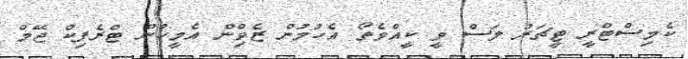
ކެމިސްޓްރީ ޓީޗަރު ލަސް ވީ ކީއްވެތޯ އެހުމުން ޒެވިްން އެމީހުން ޓްރެފިކް ޖޭމް